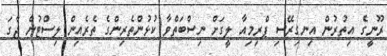
ރޫނީގެ އިތުރުން އިނގިރޭސި ޕްރިމިއާ ލީގަށް ނިސްބަތްވާ ކުޅުންތެރިންގެ ތެރެއިން ލިސްޓުން ޖާގަ